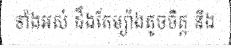
ទាំងអស់ ដឹងតែម្យ៉ាងតូចចិត្ត និង